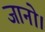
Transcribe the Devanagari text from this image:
जानो।